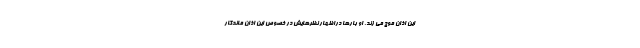
این اذان موج می زند. او بارها دراظهار نظرهایش در خصوص این اذان ماندگار